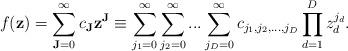
LaTeX: \begin{align*}f({\bf z})=\sum_{{\bf J}=0}^\infty c_{{\bf J}}{\bf z}^{\bf J} \equiv \sum_{j_1=0}^\infty\sum_{j_2=0}^\infty ...\sum_{j_D=0}^\infty c_{j_1,j_2,...,j_D}\prod_{d=1}^D z_{d}^{j_d}.\end{align*}